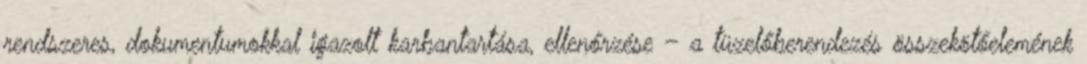
rendszeres, dokumentumokkal igazolt karbantartása, ellenőrzése – a tüzelőberendezés összekötőelemének